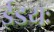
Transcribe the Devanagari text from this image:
ईडयः